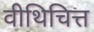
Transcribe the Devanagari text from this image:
वीथिचित्त